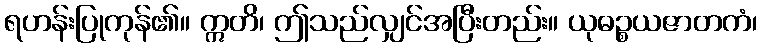
ရဟန်းပြုကုန်၏။ ဣတိ၊ ဤသည်လျှင်အပြီးတည်း။ ယုဓဉ္စယဇာတကံ၊